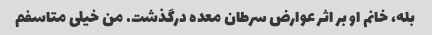
بله، خانم او بر اثر عوارض سرطان معده درگذشت. من خیلی متاسفم